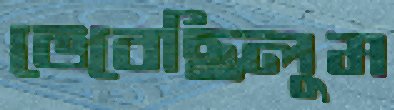
ভেবেছিলুম